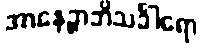
အာနေဉ္ဇာဘိသင်္ခါရော